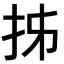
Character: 𭠒